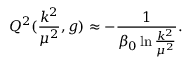
Q ^ { 2 } ( \frac { k ^ { 2 } } { { \mu } ^ { 2 } } , g ) \approx - \frac { 1 } { { \beta } _ { 0 } \ln { \frac { k ^ { 2 } } { { \mu } ^ { 2 } } } } .